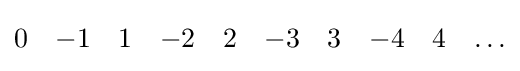
{\begin{matrix}0&-1&1&-2&2&-3&3&-4&4&\dots \end{matrix}}